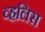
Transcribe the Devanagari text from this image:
व्हलिस